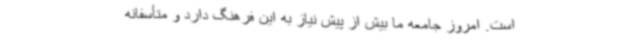
است. امروز جامعه ما بیش از پیش نیاز به این فرهنگ دارد و متأسفانه